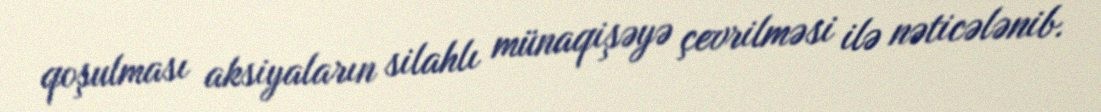
qoşulması aksiyaların silahlı münaqişəyə çevrilməsi ilə nəticələnib.